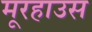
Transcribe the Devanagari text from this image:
मूरहाउस